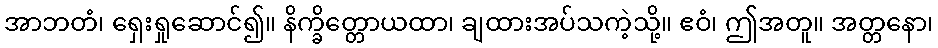
အာဘတံ၊ ရှေးရှုဆောင်၍။ နိက္ခိတ္တောယထာ၊ ချထားအပ်သကဲ့သို့။ ဧဝံ၊ ဤအတူ။ အတ္တနော၊